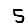
Digit: 5